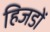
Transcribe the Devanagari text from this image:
हिजडों